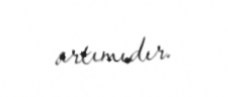
artımıdır.